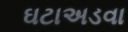
ઘટાઅડવા